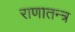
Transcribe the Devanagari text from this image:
राणातन्त्र